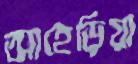
আহেড়িয়া